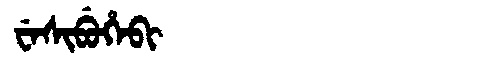
Manchu: ᠸᡝᠰᡳᠪᡠᡥᡝᠪᡳ
Romanization: WESIBUHEBI